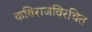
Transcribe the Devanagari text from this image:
कविराजविरचित